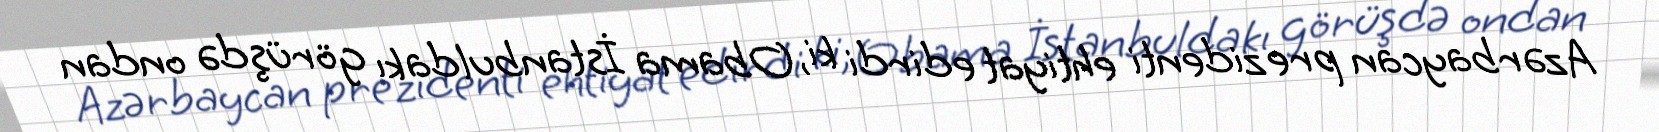
Azərbaycan prezidenti ehtiyat edirdi ki, Obama İstanbuldakı görüşdə ondan